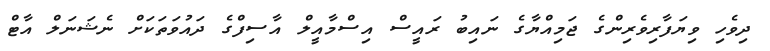
ދިވެހި ވިޔަފާރިވެރިންގެ ޖަމިއްޔާގެ ނައިބު ރައީސް އިސްމާއީލް އާސިފްގެ ދައުވަތަކަށް ނެޝަނަލް އާޓް